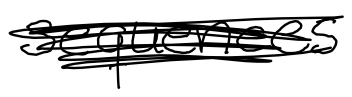
Text: sequences
Cross-out: scratch
Writing tool: digital_black